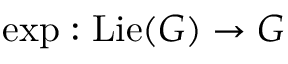
\exp : \operatorname { L i e } ( G ) \to G